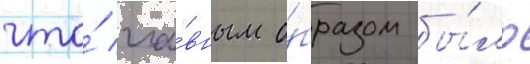
что́ гла́вным о́бразом бы́ло